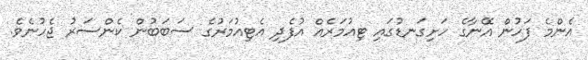
އެންމެ ފަހުން އޭނާގެ ހަށިގަނޑުގައި ޓިއުމަރެއް އުފެދި އެޓިއުމަރުގެ ސަބަބުން ކެންސަރު ޖެހުނެވެ.